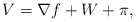
\begin{align*} V=\nabla f +W+\pi,\end{align*}